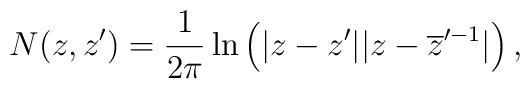
N(z,z') = \frac{1}{2\pi}\ln \left( |z-z'||z- \overline{z}'^{-1} | \right),